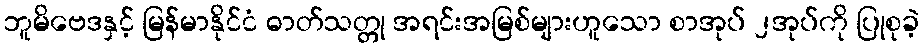
ဘူမိဗေဒနှင့် မြန်မာနိုင်ငံ ဓာတ်သတ္တု အရင်းအမြစ်များဟူသော စာအုပ် ၂အုပ်ကို ပြုစုခဲ့